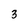
Character: 3